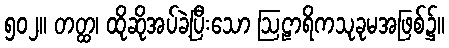
၅၀၂။ တတ္ထ၊ ထိုဆိုအပ်ခဲ့ပြီးသော ဩဠာရိကသုခုမအဖြစ်၌။